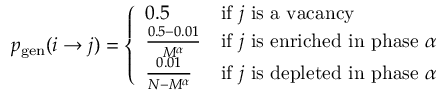
p _ { \mathrm { g e n } } ( i \rightarrow j ) = \left\{ \begin{array} { l l } { 0 . 5 } & { \mathrm { i f ~ } j \mathrm { ~ i s ~ a ~ v a c a n c y } } \\ { \frac { 0 . 5 - 0 . 0 1 } { M ^ { \alpha } } } & { \mathrm { i f ~ } j \mathrm { ~ i s ~ e n r i c h e d ~ i n ~ p h a s e ~ } \alpha } \\ { \frac { 0 . 0 1 } { N - M ^ { \alpha } } } & { \mathrm { i f ~ } j \mathrm { ~ i s ~ d e p l e t e d ~ i n ~ p h a s e ~ } \alpha } \end{array} \right.